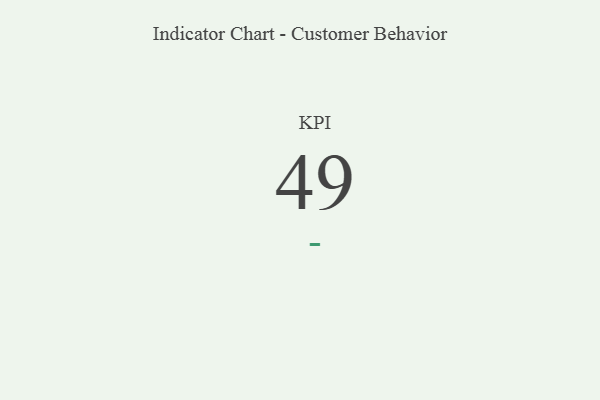
{"axis": {"x": "KPI", "y": "Value"}, "legend": [""], "data": [{"x": "KPI", "y": 49, "type": ""}]}